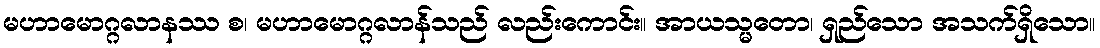
မဟာမောဂ္ဂလာနဿ စ၊ မဟာမောဂ္ဂလာန်သည် လည်းကောင်း။ အာယသ္မတော၊ ရှည်သော အသက်ရှိသော။